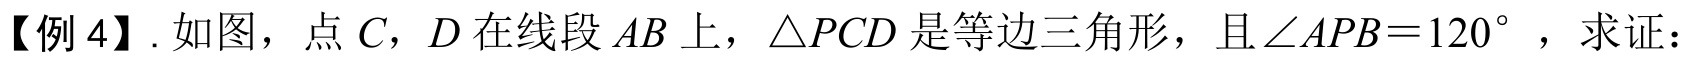
【例4】. 如图，点 \(C\)，\(D\) 在线段 \(AB\) 上，\(\triangle PCD\) 是等边三角形，且\(\angle APB = 120^{\circ}\)，求证：